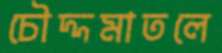
চৌদ্দমাতলে